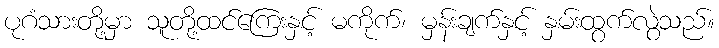
ပုဂံသားတို့မှာ သူတို့ထင်ကြေးနှင့် မကိုက်၊ မှန်းချက်နှင့် နှမ်းထွက်လွဲသည်။